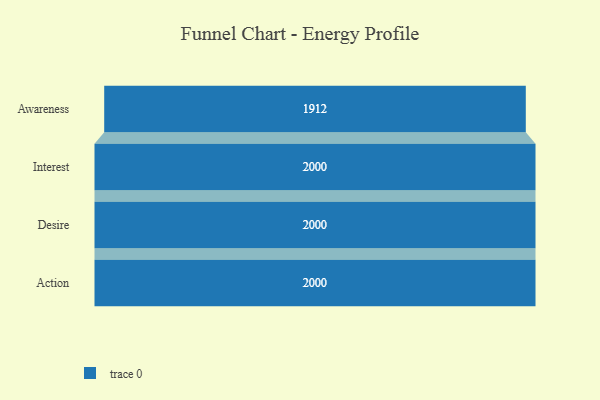
{"axis": {"x": "Stage", "y": "Value"}, "legend": [""], "data": [{"x": "Awareness", "y": 1912.0, "type": ""}, {"x": "Interest", "y": 2000, "type": ""}, {"x": "Desire", "y": 2000, "type": ""}, {"x": "Action", "y": 2000, "type": ""}]}